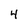
Character: 4